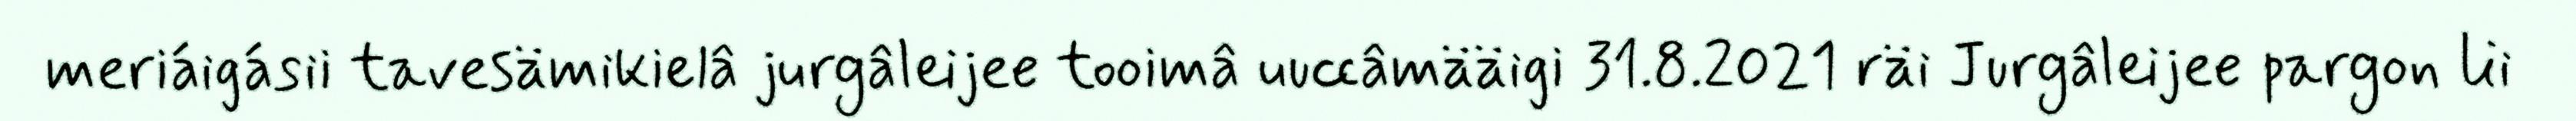
meriáigásii tavesämikielâ jurgâleijee tooimâ uuccâmääigi 31.8.2021 räi Jurgâleijee pargon lii